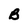
Character: B